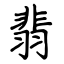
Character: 翡